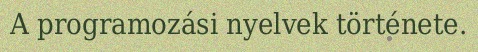
A programozási nyelvek története.